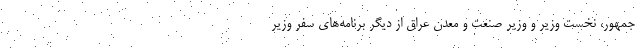
جمهور، نخست وزیر و وزیر صنعت و معدن عراق از دیگر برنامه‌های سفر وزیر